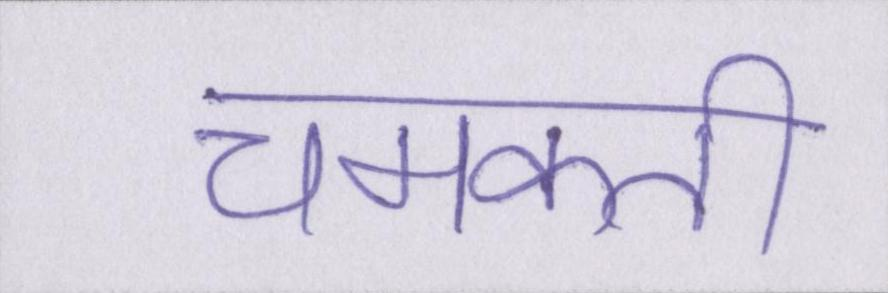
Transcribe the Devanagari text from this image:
चमकती